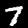
Digit: 7